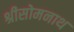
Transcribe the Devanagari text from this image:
श्रीसोमनाथ